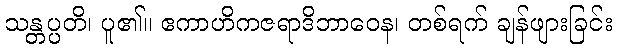
သန္တပ္ပတိ၊ ပူ၏။ ဧကာဟိကဇရာဒိဘာဝေန၊ တစ်ရက် ချန်ဖျားခြင်း